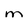
Character: M